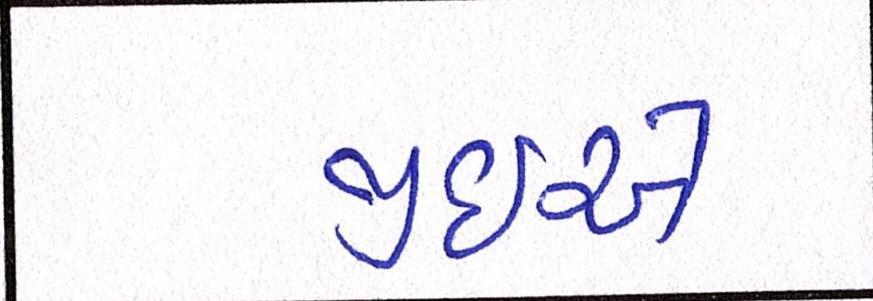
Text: જીઇએ